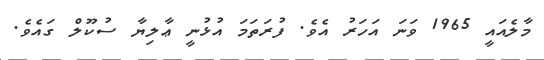
މާލެއައީ 1965 ވަނަ އަހަރު އެވެ. ފުރަތަމަ އުޅުނީ ޢާލިޔާ ސުކޫލް ގައެވެ.